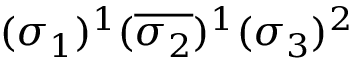
( \sigma _ { 1 } ) ^ { 1 } ( \overline { { \sigma _ { 2 } } } ) ^ { 1 } ( \sigma _ { 3 } ) ^ { 2 }